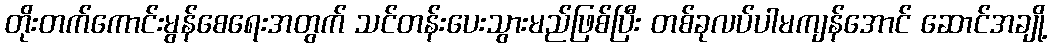
တိုးတက်ကောင်းမွန်စေရေးအတွက် သင်တန်းပေးသွားမည်ဖြစ်ပြီး တစ်ခုလပ်ပါမကျန်အောင် ဆောင်အချို့